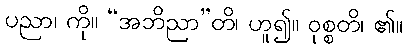
ပညာ၊ ကို။ “အဘိညာ”တိ၊ ဟူ၍။ ဝုစ္စတိ၊ ၏။